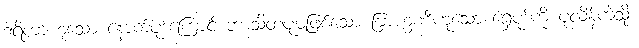
ဒါရိကာဟူသော နောက်ပုဒ်ကြောင့် ဘာသိတပုမဖြစ်သော ဗြာဟ္မဏီဟူသော ရှေ့ပုဒ်ကို ပုံလိန်ကဲ့သို့